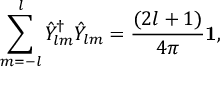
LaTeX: \sum _ { m = - l } ^ { l } \hat { Y } _ { l m } ^ { \dag } \hat { Y } _ { l m } = { \frac { ( 2 l + 1 ) } { 4 \pi } } { \bf 1 } ,